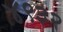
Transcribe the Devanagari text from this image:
४९३२